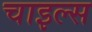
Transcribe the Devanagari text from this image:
चाइल्स